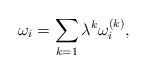
LaTeX: \begin{align*}\omega_i=\sum_{k=1}\lambda^k \omega_i^{(k)},\end{align*}